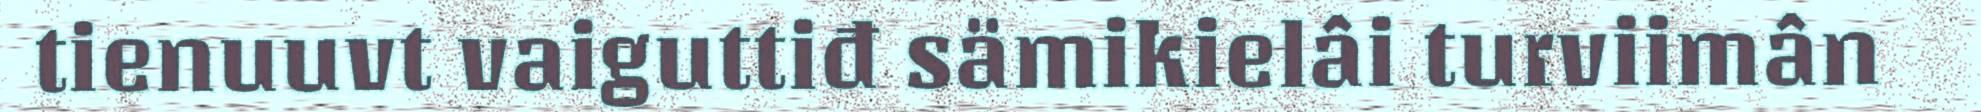
tienuuvt vaiguttiđ sämikielâi turviimân